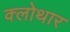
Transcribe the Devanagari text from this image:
क्लोथार